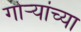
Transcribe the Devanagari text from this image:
गोर्‍यांच्या